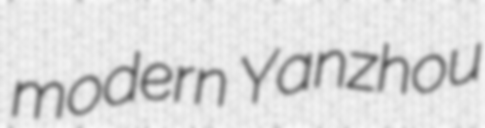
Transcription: modern Yanzhou